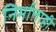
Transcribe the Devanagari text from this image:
निर्माताही